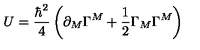
U = \frac { \hbar ^ { 2 } } { 4 } \left( \partial _ { M } \Gamma ^ { M } + \frac { 1 } { 2 } \Gamma _ { M } \Gamma ^ { M } \right)